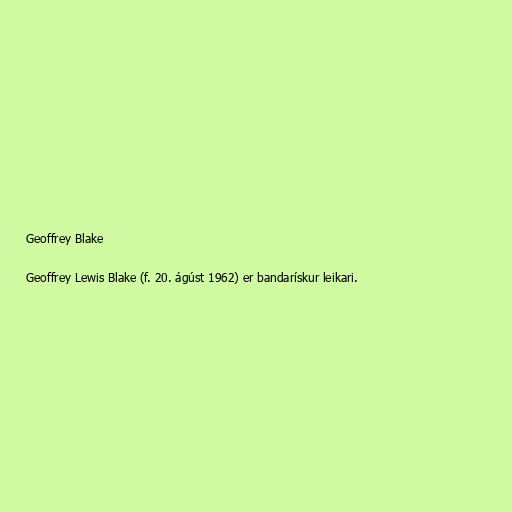
Geoffrey Blake

Geoffrey Lewis Blake (f. 20. ágúst 1962) er bandarískur leikari.